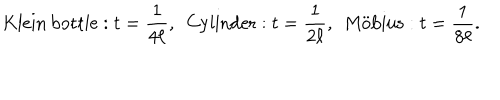
\mathrm { K l e i n \: b o t t l e } : t = \frac { 1 } { 4 \ell } , ~ ~ \mathrm { C y l i n d e r } : t = \frac { 1 } { 2 \ell } , ~ ~ \mathrm { M \ddot { o } b i u s } : t = \frac { 1 } { 8 \ell } .